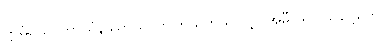
ဣမံယေဝကာယံနိဿာယ၊ ဤကိုယ်ကိုသာလျှင်အမှီပြု၍။ သဗ္ဗေတေ၊